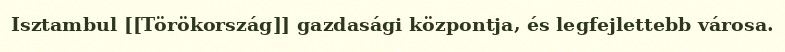
Isztambul [[Törökország]] gazdasági központja, és legfejlettebb városa.